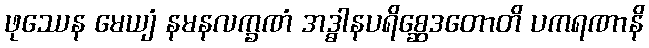
ဖုဿေန မေယျံ နမနလက္ခဏံ အဒ္ဓါနပရိစ္ဆေဒတောတိ ပကရဏာနိ